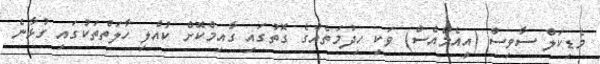
މެޑިކަލް ސާވިސް (އީއެމްއެސް) ވަކި ހިދުމަތެއްގެ ގޮތުގައި ގާއިމްކޮށް ކުއްލި ހާލަތްތަކުގައި ގުޅާނެ